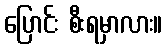
ပြောင်း စီးရမှာလား။